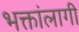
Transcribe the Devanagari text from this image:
भक्तांलागी